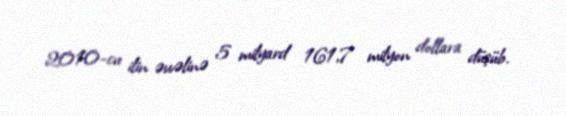
2010-cu ilin əvvəlinə 5 milyard 161,7 milyon dollara düşüb.